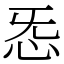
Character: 㤅